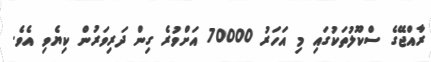
ރާއްޖޭގެ ސްކޫލުތަކުގައި މި އަހަރު 70000 އަށްވުރެ ގިން ދަރިވަރުން ކިޔެވި އެވެ.